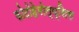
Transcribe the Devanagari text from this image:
फोटोहेमोल्य्सिस